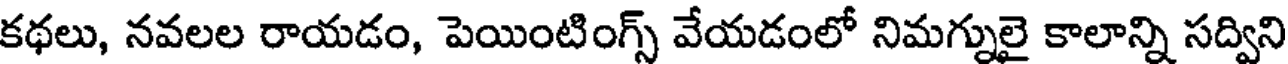
కథలు, నవలల రాయడం, పెయింటింగ్స్ వేయడంలో నిమగ్నులై కాలాన్ని సద్విని